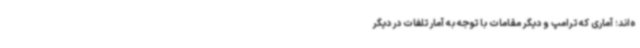
ه‌اند؛ آماری که ترامپ و دیگر مقامات با توجه به آمار تلفات در دیگر